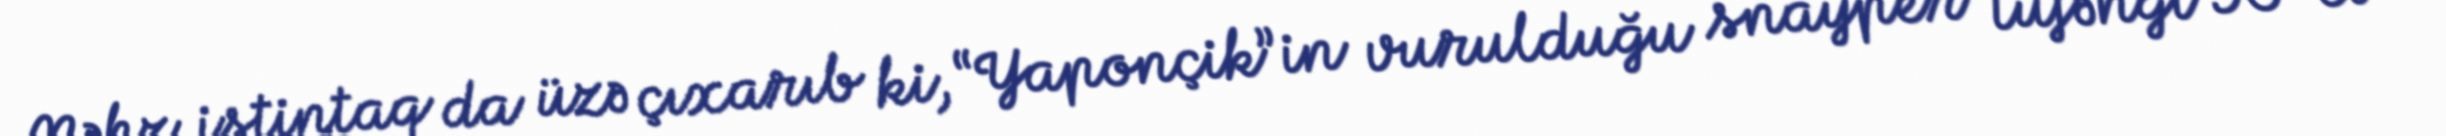
Məhz istintaq da üzə çıxarıb ki, “Yaponçik”in vurulduğu snayper tüfəngi 90-cı